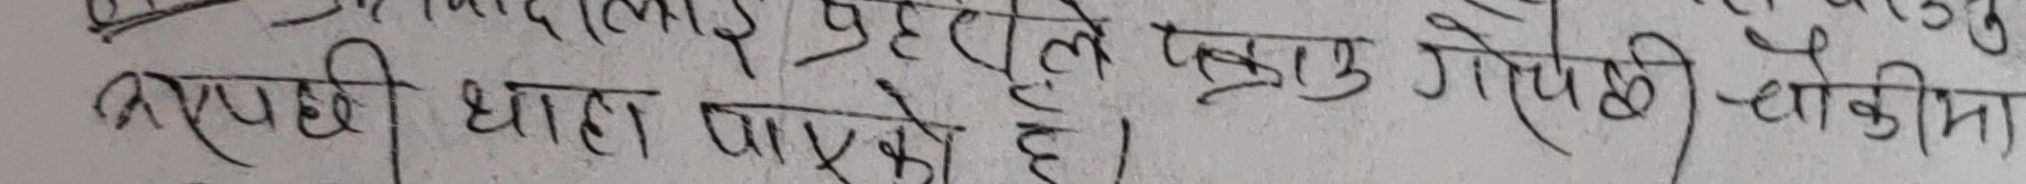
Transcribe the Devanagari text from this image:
सयपछी धान पाएको है।